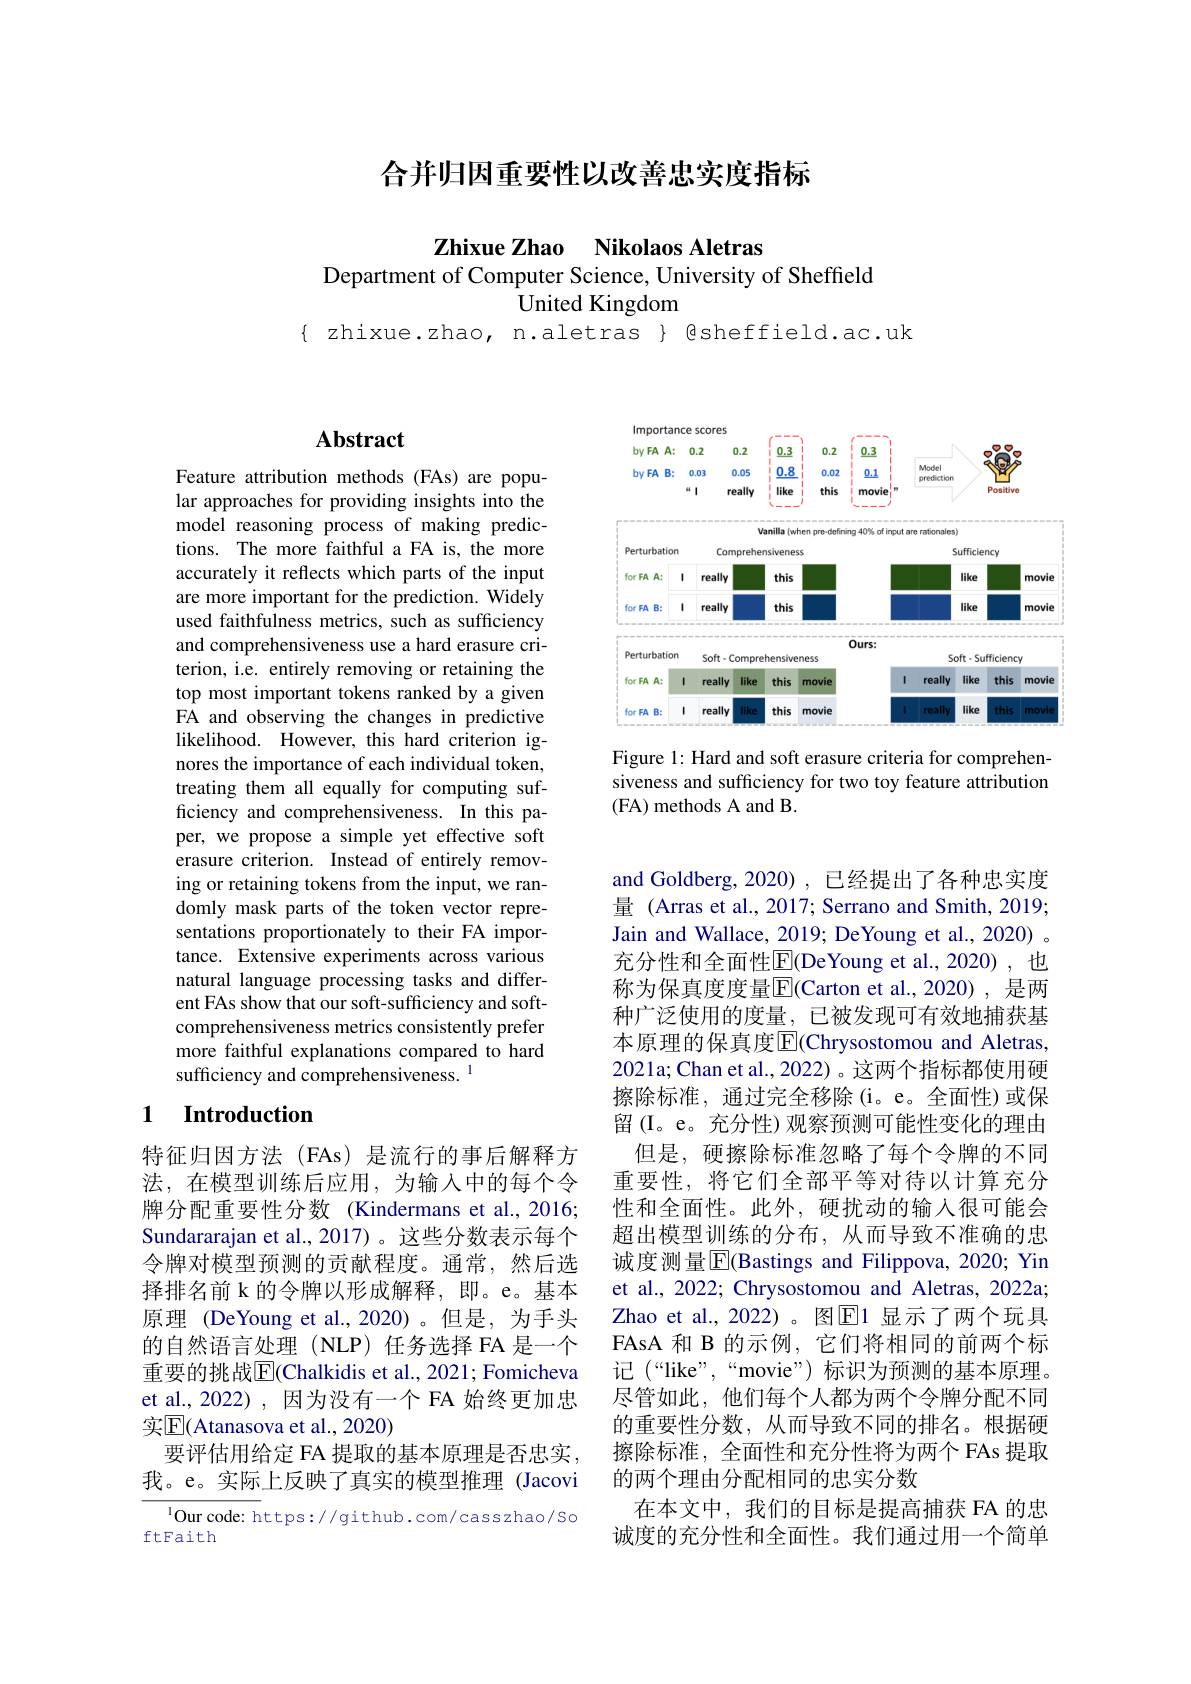
合并归因重要性以改善忠实度指标

Zhixue Zhao Nikolaos Aletras
Department of Computer Science, University of Sheffield
## United Kingdom

$\{ zhixue.zhao, n.aletras \} @sheffield.ac.uk$

## $\mathbf{Abstract}$

Feature attribution methods (FAs) are popular approaches for providing insights into the model reasoning process of making predictions. The more faithful a FA is, the more accurately it reflects which parts of the input are more important for the prediction. Widely used faithfulness metrics, such as sufficiency and comprehensiveness use a hard erasure criterion, i.e. entirely removing or retaining the top most important tokens ranked by a given FA and observing the changes in predictive likelihood. However, this hard criterion ignores the importance of each individual token, treating them all equally for computing sufficiency and comprehensiveness. In this paper, we propose a simple yet effective soft erasure criterion. Instead of entirely removing or retaining tokens from the input, we randomly mask parts of the token vector representations proportionately to their FA importance. Extensive experiments across various natural language processing tasks and different FAs show that our soft-sufficiency and softcomprehensiveness metrics consistently prefer more faithful explanations compared to hard sufficiency and comprehensiveness. 1

# 1 Introduction

特征归因方法(FAs)是流行的事后解释方法，在模型训练后应用，为输入中的每个令牌分配重要性分数(Kindermans et al.,2016; Sundararajan et al.,2017)。这些分数表示每个令牌对模型预测的贡献程度。通常，然后选择排名前 k 的令牌以形成解释，即。e。基本原理 (DeYoung et al.,2020)。但是，为手头的自然语言处理(NLP)任务选择 FA 是一个重要的挑战$\overline{\mathrm{E}}($Chalkidis et al., 2021; Fomicheva et al., 2022), 因为没有一个 FA 始终更加忠实$\mathbb{E}($Atanasova et al., 2020)
要评估用给定 FA 提取的基本原理是否忠实我。e。实际上反映了真实的模型推理 (Jacovi

$^{1}$Our code: https://github.com/casszhao/So
ftFaith

<FigureHere>

Figure 1: Hard and soft erasure criteria for comprehensiveness and sufficiency for two toy feature attribution (FA) methods A and B.

and Goldberg,2020), 已经提出了各种忠实度量 (Arras et al., 2017; Serrano and Smith, 2019; Jain and Wallace, 2019; DeYoung et al., 2020) 。充分性和全面性$\underline{\mathrm{E}}($DeYoung et al.,2020),也称为保真度度量$\overline{\mathbb{E}}($Carton et al.,2020),是两种广泛使用的度量，已被发现可有效地捕获基本原理的保真度$\overline{\mathrm{E}}($Chrysostomou and Aletras, 2021a; Chan et al., 2022) 。这两个指标都使用硬擦除标准，通过完全移除(i。e。全面性)或保留(I。e。充分性)观察预测可能性变化的理由
但是，硬擦除标准忽略了每个令牌的不同重要性，将它们全部平等对待以计算充分性和全面性。此外，硬扰动的输入很可能会超出模型训练的分布，从而导致不准确的忠诚度测量$\overline{\mathbb{E}}$(Bastings and Filippova, 2020; Yin et al., 2022; Chrysostomou and Aletras, 2022a; Zhao et al., 2022)。图$\overline{\mathrm{E}}$1 显示了两个玩具FAsA 和 B 的示例，它们将相同的前两个标记 (“like”,“movie”)标识为预测的基本原理。尽管如此，他们每个人都为两个令牌分配不同的重要性分数，从而导致不同的排名。根据硬擦除标准，全面性和充分性将为两个 FAs 提取的两个理由分配相同的忠实分数
在本文中，我们的目标是提高捕获 FA 的忠诚度的充分性和全面性。我们通过用一个简单